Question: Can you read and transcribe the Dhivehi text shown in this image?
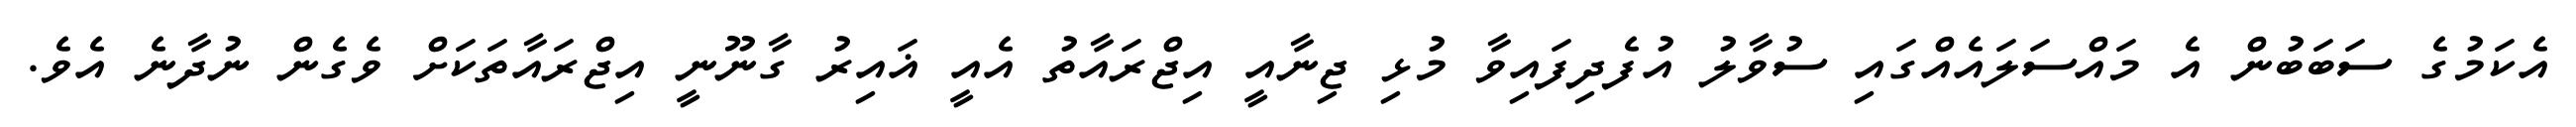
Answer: އެކަމުގެ ސަބަބުން އެ މައްސަލައެއްގައި ސުވާލު އުފެދިފައިވާ މުޅި ޖިނާއީ އިޖްރައާތު އެއީ ޣައިރު ގާނޫނީ އިޖްރައާތަކަށް ވެގެން ނުދާނެ އެވެ.